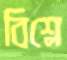
বিশ্লে